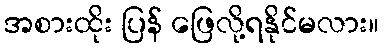
အစားထိုး ပြန် ဖြေလို့ရနိုင်မလား။